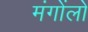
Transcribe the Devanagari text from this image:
मंगोंलों